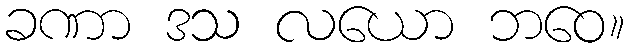
ခဏာ ဒသ လယော ဘဝေ။